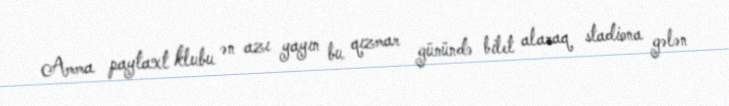
Amma paytaxt klubu ən azı yayın bu qızmar günündə bilet alaraq stadiona gələn